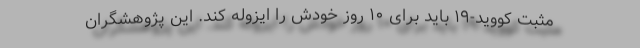
مثبت کووید-۱۹ باید برای ۱۰ روز خودش را ایزوله کند. این پژوهشگران